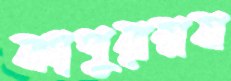
কাপুরম্নষ